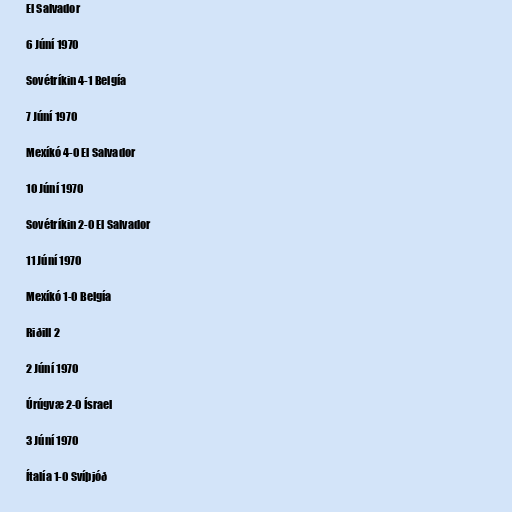
El Salvador

6 Júní 1970

Sovétríkin 4-1 Belgía

7 Júní 1970

Mexíkó 4-0 El Salvador

10 Júní 1970

Sovétríkin 2-0 El Salvador

11 Júní 1970

Mexíkó 1-0 Belgía

Riðill 2

2 Júní 1970

Úrúgvæ 2-0 Ísrael

3 Júní 1970

Ítalía 1-0 Svíþjóð